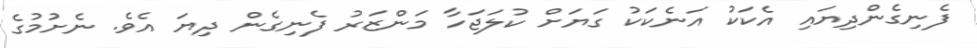
ފެނިގެންދިޔައި އެކަކު އަނެކަކު ގަޔަށް ކުލަޖަހާ މަންޒަރު ފެނިގެން ދިޔަ އެވެ. ނެށުމުގެ